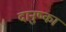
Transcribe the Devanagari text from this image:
दानुष्का